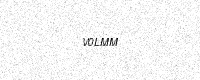
Text: V0LMM